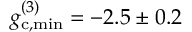
g _ { \mathrm { c , m i n } } ^ { ( 3 ) } = - 2 . 5 \pm 0 . 2